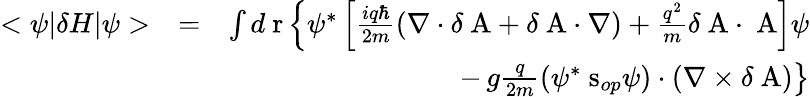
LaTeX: \begin{array}{rlr}{<\psi|\delta H|\psi>}&{=}&{\int d\mathrm{\mathbf~r}\left\{ \psi^{*}\left[\frac{iq\hbar}{2m}(\nabla\cdot\delta\mathrm{\mathbf~A}+\delta\mathrm{\mathbf~A}\cdot\nabla)+\frac{q^{2}}{m}\delta\mathrm{\mathbf~A}\cdot\mathrm{\mathbf~A}\right]\psi\right.}\\ &{}&{\; \; \; \; \; \; \; \; \; \; \; -\left.g\frac{q}{2m}(\psi^{*}\mathrm{\mathbf~s}_{op}\psi)\cdot\left(\nabla\times\delta\mathrm{\mathbf~A}\right)\right\} }\end{array}